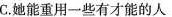
C.她能重用一些有才能的人